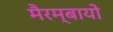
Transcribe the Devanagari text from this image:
मैरम्बायो